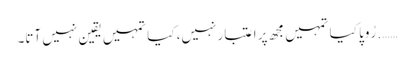
……. رُوپا کیا تمہیں مجھ پر اعتبار نہیں، کیا تمہیں یقین نہیں آتا۔